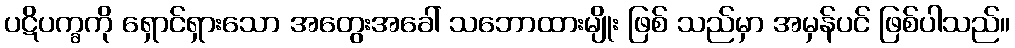
ပဋိပက္ခကို ရှောင်ရှားသော အတွေးအခေါ် သဘောထားမျိုး ဖြစ် သည်မှာ အမှန်ပင် ဖြစ်ပါသည်။